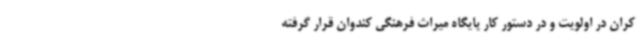
کران در اولویت و در دستور کار پایگاه میراث فرهنگی کندوان قرار گرفته